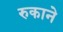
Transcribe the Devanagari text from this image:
रुकाने